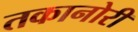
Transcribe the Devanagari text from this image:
तकानोरी